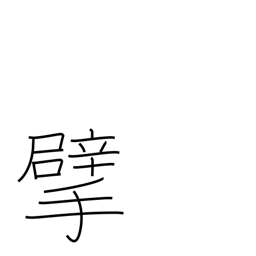
Meaning: tear up